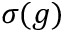
\sigma ( g )